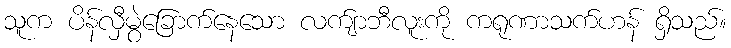
သူက ပိန်လှီမွဲခြောက်နေသော လက်ျာဘီလူးကို ကရုဏာသက်ဟန် ရှိသည်။